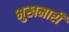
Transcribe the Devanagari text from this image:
भुखमारी